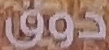
دوق